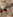
ما